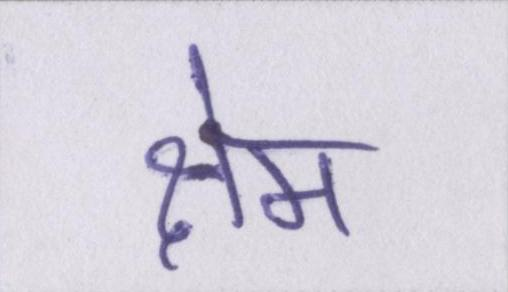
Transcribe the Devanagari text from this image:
क्षेम